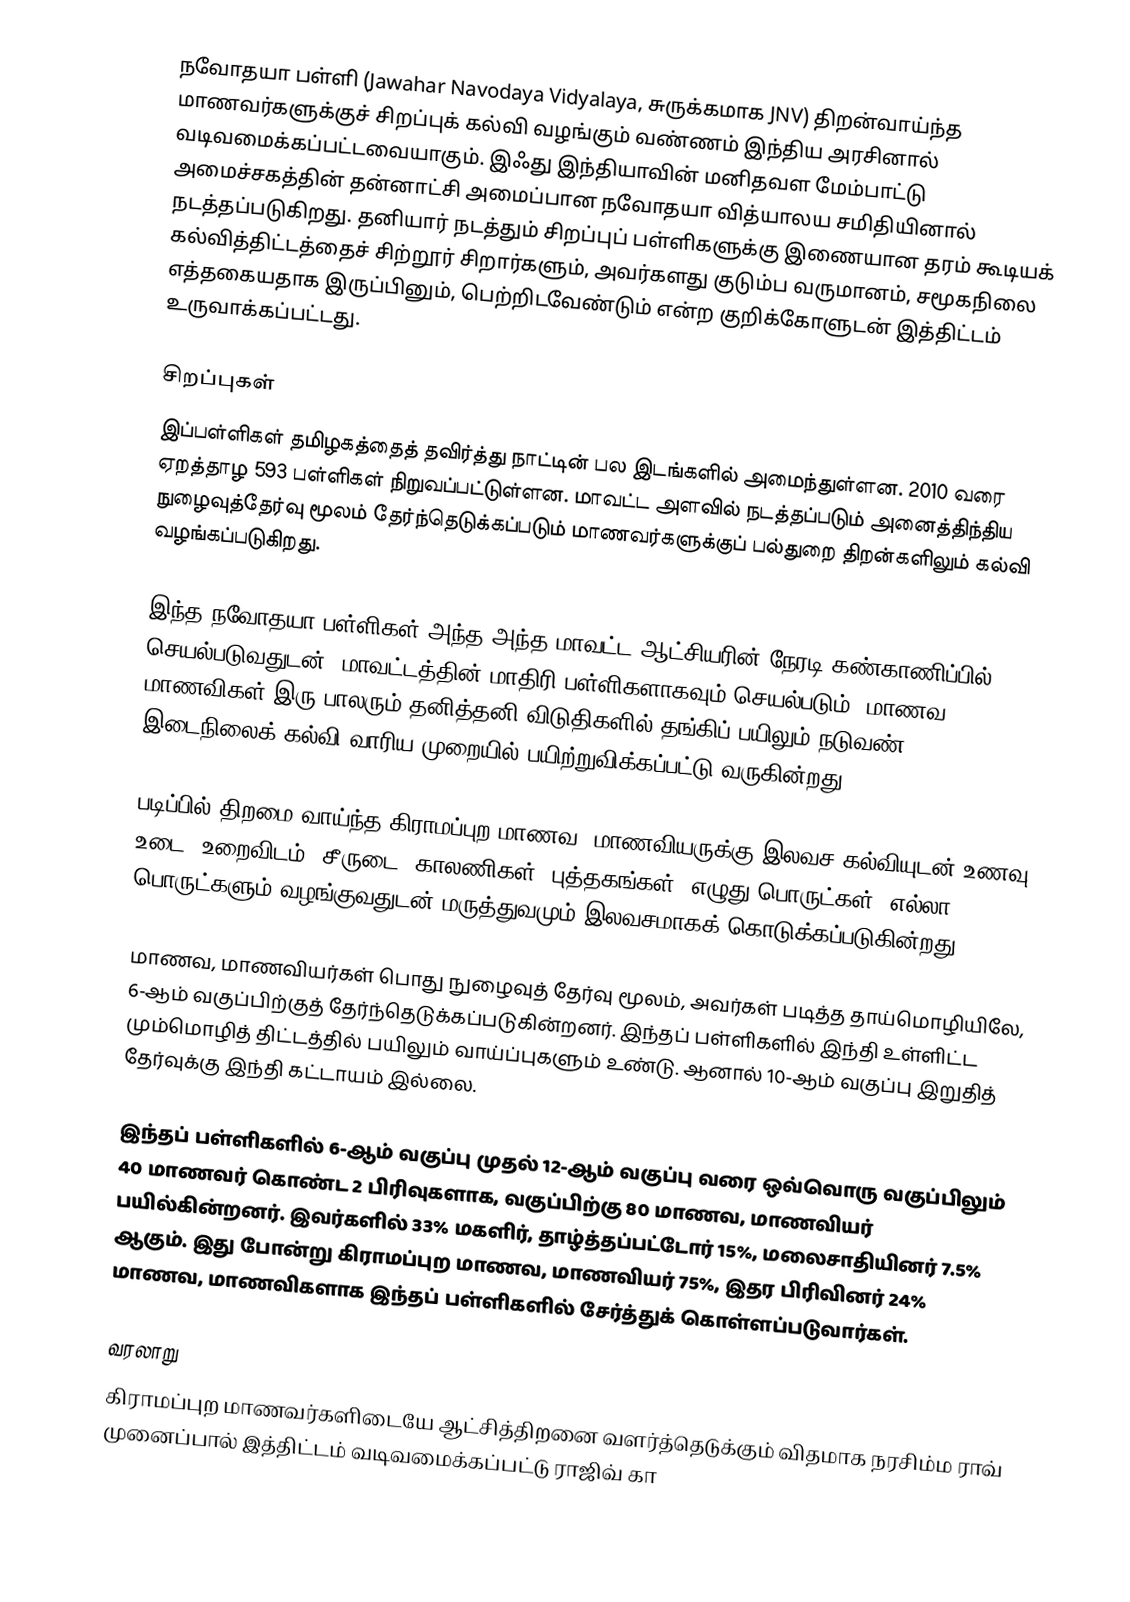
நவோதயா பள்ளி (Jawahar Navodaya Vidyalaya, சுருக்கமாக JNV) திறன்வாய்ந்த மாணவர்களுக்குச் சிறப்புக் கல்வி வழங்கும் வண்ணம் இந்திய அரசினால் வடிவமைக்கப்பட்டவையாகும். இஃது இந்தியாவின் மனிதவள மேம்பாட்டு அமைச்சகத்தின் தன்னாட்சி அமைப்பான நவோதயா வித்யாலய சமிதியினால் நடத்தப்படுகிறது. தனியார் நடத்தும் சிறப்புப் பள்ளிகளுக்கு இணையான தரம் கூடியக் கல்வித்திட்டத்தைச் சிற்றூர் சிறார்களும், அவர்களது குடும்ப வருமானம், சமூகநிலை எத்தகையதாக இருப்பினும், பெற்றிடவேண்டும் என்ற குறிக்கோளுடன் இத்திட்டம் உருவாக்கப்பட்டது.

சிறப்புகள்
இப்பள்ளிகள் தமிழகத்தைத் தவிர்த்து நாட்டின் பல இடங்களில் அமைந்துள்ளன. 2010 வரை ஏறத்தாழ 593 பள்ளிகள் நிறுவப்பட்டுள்ளன. மாவட்ட அளவில் நடத்தப்படும் அனைத்திந்திய நுழைவுத்தேர்வு மூலம் தேர்ந்தெடுக்கப்படும் மாணவர்களுக்குப் பல்துறை திறன்களிலும் கல்வி வழங்கப்படுகிறது.

இந்த நவோதயா பள்ளிகள் அந்த அந்த மாவட்ட ஆட்சியரின் நேரடி கண்காணிப்பில் செயல்படுவதுடன், மாவட்டத்தின் மாதிரி பள்ளிகளாகவும் செயல்படும். மாணவ, மாணவிகள் இரு பாலரும் தனித்தனி விடுதிகளில் தங்கிப் பயிலும் நடுவண் இடைநிலைக் கல்வி வாரிய முறையில் பயிற்றுவிக்கப்பட்டு வருகின்றது.

படிப்பில் திறமை வாய்ந்த கிராமப்புற மாணவ, மாணவியருக்கு இலவச கல்வியுடன் உணவு, உடை, உறைவிடம், சீருடை, காலணிகள், புத்தகங்கள், எழுது பொருட்கள், எல்லா பொருட்களும் வழங்குவதுடன் மருத்துவமும் இலவசமாகக் கொடுக்கப்படுகின்றது.

மாணவ, மாணவியர்கள் பொது நுழைவுத் தேர்வு மூலம், அவர்கள் படித்த தாய்மொழியிலே, 6-ஆம் வகுப்பிற்குத் தேர்ந்தெடுக்கப்படுகின்றனர். இந்தப் பள்ளிகளில் இந்தி உள்ளிட்ட மும்மொழித் திட்டத்தில் பயிலும் வாய்ப்புகளும் உண்டு. ஆனால் 10-ஆம் வகுப்பு இறுதித் தேர்வுக்கு இந்தி கட்டாயம் இல்லை.

இந்தப் பள்ளிகளில் 6-ஆம் வகுப்பு முதல் 12-ஆம் வகுப்பு வரை ஒவ்வொரு வகுப்பிலும் 40 மாணவர் கொண்ட 2 பிரிவுகளாக, வகுப்பிற்கு 80 மாணவ, மாணவியர் பயில்கின்றனர். இவர்களில் 33% மகளிர், தாழ்த்தப்பட்டோர் 15%, மலைசாதியினர் 7.5% ஆகும். இது போன்று கிராமப்புற மாணவ, மாணவியர் 75%, இதர பிரிவினர் 24% மாணவ, மாணவிகளாக இந்தப் பள்ளிகளில் சேர்த்துக் கொள்ளப்படுவார்கள்.

வரலாறு
கிராமப்புற மாணவர்களிடையே ஆட்சித்திறனை வளர்த்தெடுக்கும் விதமாக நரசிம்ம ராவ் முனைப்பால் இத்திட்டம் வடிவமைக்கப்பட்டு ராஜிவ் கா